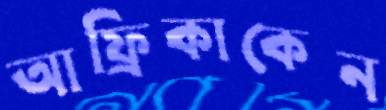
আফ্রিকাকেন